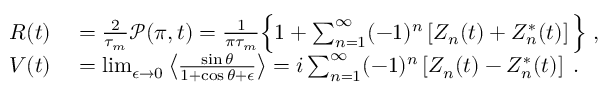
\begin{array} { r l } { R ( t ) } & { { } = \frac { 2 } { \tau _ { m } } \mathcal { P } ( \pi , t ) = \frac 1 { \pi \tau _ { m } } \Big \{ 1 + \sum _ { n = 1 } ^ { \infty } ( - 1 ) ^ { n } \left[ Z _ { n } ( t ) + Z _ { n } ^ { * } ( t ) \right] \Big \} \; , } \\ { V ( t ) } & { { } = \operatorname* { l i m } _ { \epsilon \to 0 } \left\langle \frac { \sin \theta } { 1 + \cos \theta + \epsilon } \right\rangle = i \sum _ { n = 1 } ^ { \infty } ( - 1 ) ^ { n } \left[ Z _ { n } ( t ) - Z _ { n } ^ { * } ( t ) \right] \; . } \end{array}